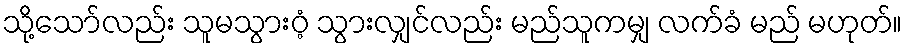
သို့သော်လည်း သူမသွားဝံ့ သွားလျှင်လည်း မည်သူကမျှ လက်ခံ မည် မဟုတ်။